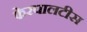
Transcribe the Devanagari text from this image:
फेरपालटीस